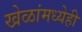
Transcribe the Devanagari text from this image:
खेळांमध्येही